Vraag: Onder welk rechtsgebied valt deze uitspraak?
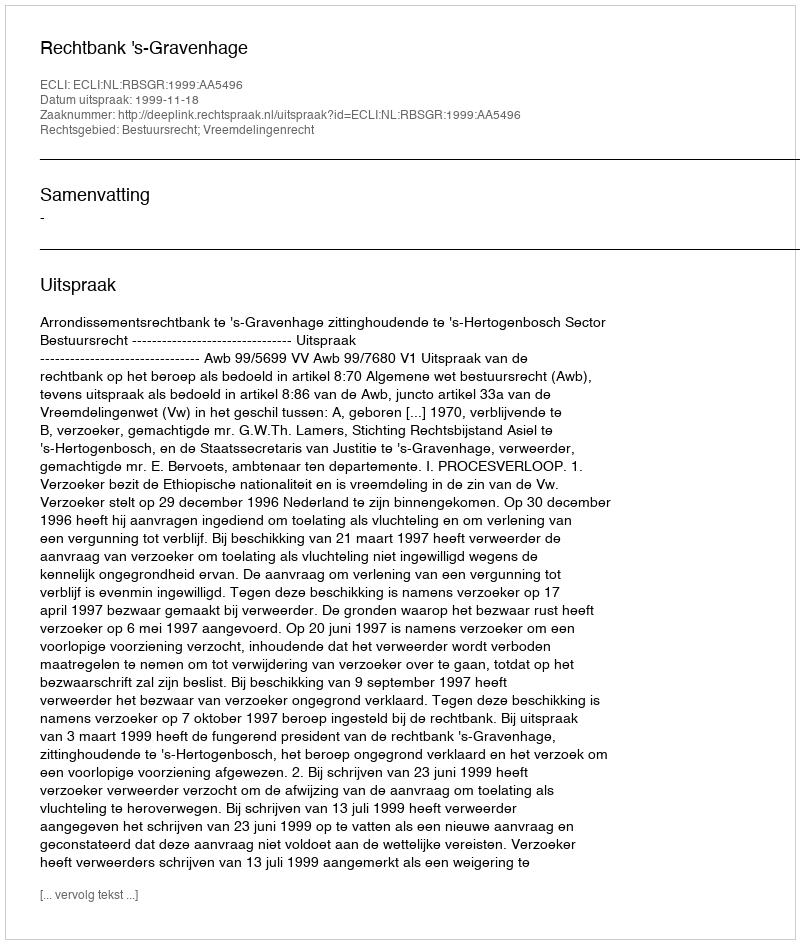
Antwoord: Bestuursrecht; Vreemdelingenrecht